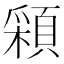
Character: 𩓰